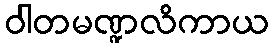
ဝါတမဏ္ဍလိကာယ